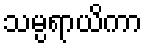
သမ္ပရာယိကာ